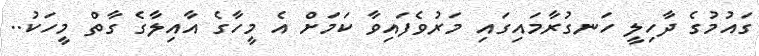
ގައުމުގެ ދާހިލީ ހަނގުރާމައިގައި މަރުވެފައިވާ ކަމަށް އެ މީހާގެ އާއިލާގެ ގާތް މީހަކު..